Proceedings of the meeting of veterinary officers in India
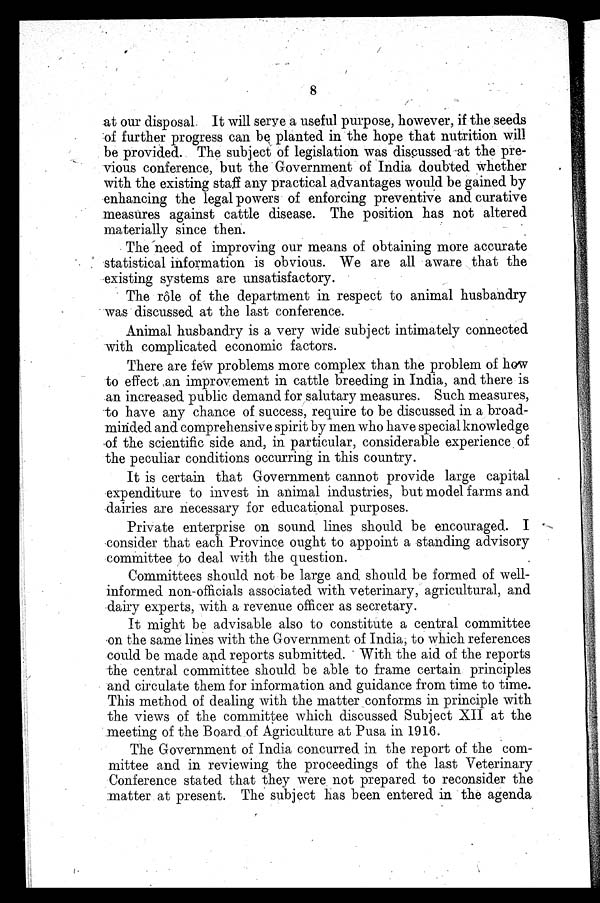
8
at our disposal It will serye a useful purpose, however, if the seeds
of further progress can be planted in the hope that nutrition will
be provided. The subject of legislation was discussed at the pre-
vious conference, but the Government of India doubted whether
with the existing staff any practical advantages would be gained by
enhancing the legal powers of enforcing preventive and curative
measures against cattle disease. The position has not altered
materially since then.
The need of improving our means of obtaining more accurate
statistical information is obvious. We are all aware that the
existing systems are unsatisfactory.
The role of the department in respect to animal husbandry
was discussed at the last conference.
Animal husbandry is a very wide subject intimately connected
with complicated economic factors.
There are few problems more complex than the problem of how
to effect an improvement in cattle breeding in India, and there is
an increased public demand for salutary measures. Such measures,
to have any chance of success, require to be discussed in a broad-
minded and comprehensive spirit by men who have special knowledge
of the scientific side and, in particular, considerable experience of
the peculiar conditions occurring in this country.
It is certain that Government cannot provide large capital
expenditure to invest in animal industries, but model farms and
dairies are necessary for educational purposes.
Private enterprise on sound lines should be encouraged. I
consider that each Province ought to appoint a standing advisory
committee to deal with the question.
Committees should not be large and should be formed of well-
informed non-officials associated with veterinary, agricultural, and
dairy experts, with a revenue officer as secretary.
It might be advisable also to constitute a central committee
on the same lines with the Government of India, to which references
could be made and reports submitted. With the aid of the reports
the central committee should be able to frame certain principles
and circulate them for information and guidance from time to time.
This method of dealing with the matter conforms in principle with
the views of the committee which discussed Subject XII at the
meeting of the Board of Agriculture at Pusa in 1916.
The Government of India concurred in the report of the com-
mittee and in reviewing the proceedings of the last Veterinary
Conference stated that they were not prepared to reconsider the
matter at present. The subject has been entered in the agenda